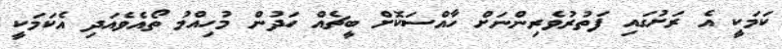
ކަމަކީ އެ ރަށުގައި ފަތުރުވެރިންނަށް ހާއްސަކޮށް ބީޗެއް ހަދުން މުހިއްމު ތޯއެވެއަދި އެކަމަކީ